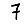
Digit: 7